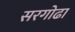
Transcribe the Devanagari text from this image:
सरगोढा